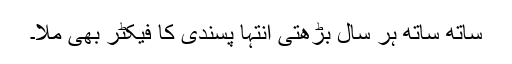
ساتھ ساتھ ہر سال بڑھتی انتہا پسندی کا فیکٹر بھی ملا۔